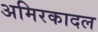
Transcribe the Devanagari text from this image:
अमिरकादल